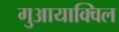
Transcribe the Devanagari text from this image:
गुआयाक्विल